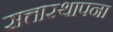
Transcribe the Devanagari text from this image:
सत्तास्थापना